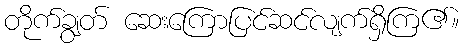
တိုက်ချွတ် ဆေးကြောပြင်ဆင်လျက်ရှိကြ၏။